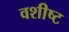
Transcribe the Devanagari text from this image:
वशीष्ट